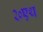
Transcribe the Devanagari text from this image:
२०एथ